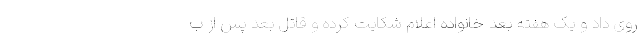
روی داد و یک هفته بعد خانواده اعلام شکایت کرده و قاتل بعد پس از ب